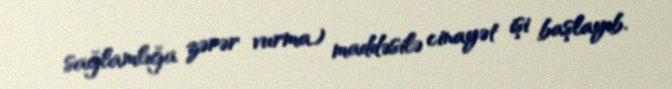
sağlamlığa zərər vurma) maddəsilə cinayət işi başlayıb.